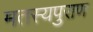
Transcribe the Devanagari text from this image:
मतस्यपुराण